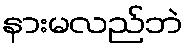
နားမလည်ဘဲ